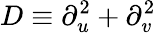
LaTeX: D\equiv\partial_{u}^{2}+\partial_{v}^{2}